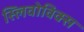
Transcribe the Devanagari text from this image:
स्लिवोविक्स